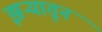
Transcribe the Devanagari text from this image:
झऱ्यातून